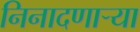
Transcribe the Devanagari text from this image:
निनादणाऱ्या